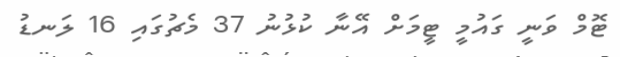
ޓޮމް ވަނީ ގައުމީ ޓީމަށް އޭނާ ކުޅުނު 37 މެޗުގައި 16 ލަނޑު